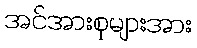
အင်အားစုများအား